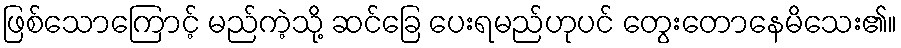
ဖြစ်သောကြောင့် မည်ကဲ့သို့ ဆင်ခြေ ပေးရမည်ဟုပင် တွေးတောနေမိသေး၏။